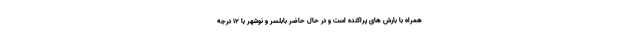
همراه با بارش های پراکنده است و در حال حاضر بابلسر و نوشهر با ۱۲ درجه